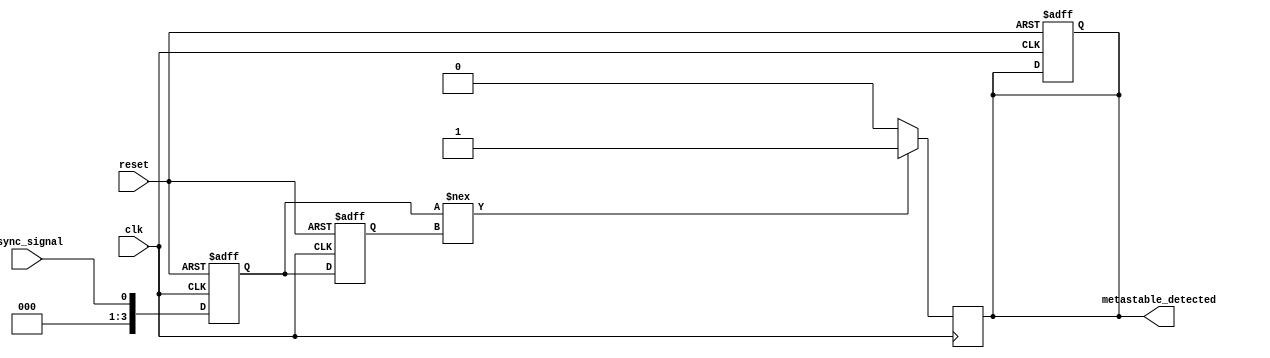
module MetastabilityDetector (
    input wire clk,              // Clock input
    input wire reset,            // Reset input
    input wire async_signal,     // Asynchronous input signal
    output reg metastable_detected // Output indication of metastability
);

// Parameters
parameter NUM_SAMPLES = 4; // Number of samples to store in memory

// Internal signals
reg [NUM_SAMPLES-1:0] latch1; // First latch
reg [NUM_SAMPLES-1:0] latch2; // Second latch
reg [NUM_SAMPLES-1:0] memory_block [0:NUM_SAMPLES-1]; // Memory block for storing samples
integer i;

// Latch the input signal on the rising edge of the clock
always @(posedge clk or posedge reset) begin
    if (reset) begin
        latch1 <= 0;
        latch2 <= 0;
        metastable_detected <= 0;
        for (i = 0; i < NUM_SAMPLES; i = i + 1) begin
            memory_block[i] <= 0;
        end
    end else begin
        latch1 <= async_signal; // Capture the async signal
        latch2 <= latch1;       // Capture the output of the first latch
    end
end

// Store samples in memory block and detect metastability
always @(posedge clk) begin
    // Shift memory samples
    for (i = NUM_SAMPLES-1; i > 0; i = i - 1) begin
        memory_block[i] <= memory_block[i-1];
    end
    memory_block[0] <= latch2; // Store the latest output of latch2

    // Metastability detection logic
    if (latch1 !== latch2) begin
        metastable_detected <= 1; // Indicate metastability detected
    end else begin
        metastable_detected <= 0; // Clear metastability indication
    end
end

endmodule